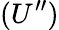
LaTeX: (U^{\prime\prime})